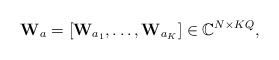
\begin{align*}\mathbf{W}_a = \left[\mathbf{W}_{a_1}, \ldots, \mathbf{W}_{a_K}\right] \in \mathbb{C}^{N \times KQ},\end{align*}